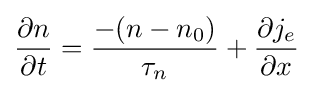
{\frac {\partial n}{\partial t}}={\frac {-(n-n_{0})}{\tau _{n}}}+{\frac {\partial j_{e}}{\partial x}}